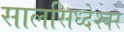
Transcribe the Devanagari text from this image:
सालसिध्‍देश्‍वर